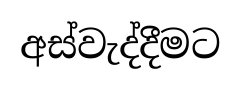
අස්වැද්දීමට